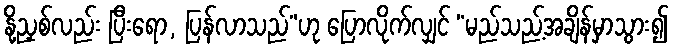
နို့ညှစ်လည်း ပြီးရော, ပြန်လာသည်”ဟု ပြောလိုက်လျှင် “မည်သည့်အချိန်မှာသွား၍